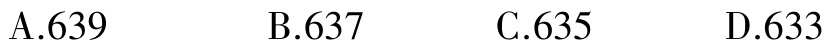
A.639 \qquad B.637 \qquad C.635 \qquad D.633